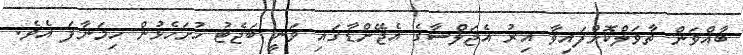
ބާއްވަން ތާވަލްކޮށްފައިވާ އިރު އެޖަލްސާގެ އެޖޭންޑާގައި ވަނީ ބަޖެޓު ހުށަހެޅުން ހިމަނާފަ އެވެ.